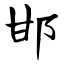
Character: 邯